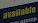
available